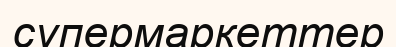
супермаркеттер